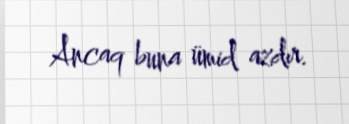
Ancaq buna ümid azdır.